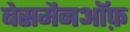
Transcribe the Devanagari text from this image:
बेसमैनऑफ़